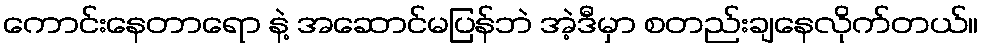
ကောင်းနေတာရော နဲ့ အဆောင်မပြန်ဘဲ အဲ့ဒီမှာ စတည်းချနေလိုက်တယ်။